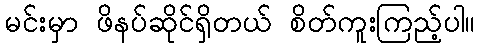
မင်းမှာ ဖိနပ်ဆိုင်ရှိတယ် စိတ်ကူးကြည့်ပါ။